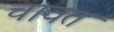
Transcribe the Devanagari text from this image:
चावत